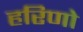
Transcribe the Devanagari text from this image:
हरिणो